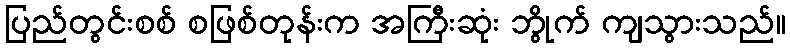
ပြည်တွင်းစစ် စဖြစ်တုန်းက အကြီးဆုံး ဘွိုက် ကျသွားသည်။